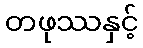
တဖုဿနှင့်